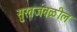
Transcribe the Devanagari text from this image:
सुरतजवळील